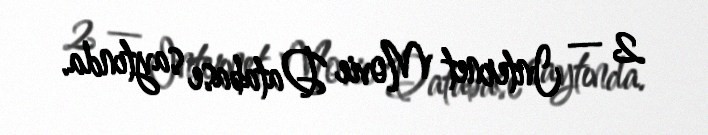
2 — Internet Movie Database saytında.